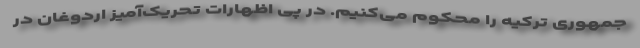
جمهوری ترکیه را محکوم می‌کنیم. در پی اظهارات تحریک‌آمیز اردوغان در